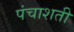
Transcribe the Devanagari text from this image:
पंचाशती